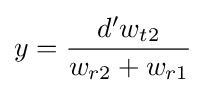
y={\frac {d'w_{t2}}{w_{r2}+w_{r1}}}